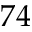
7 4